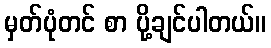
မှတ်ပုံတင် စာ ပို့ချင်ပါတယ်။